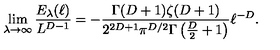
\lim _ { \lambda \to \infty } \frac { E _ { \lambda } ( \ell ) } { L ^ { D - 1 } } = - \frac { \Gamma ( D + 1 ) \zeta ( D + 1 ) } { 2 ^ { 2 D + 1 } \pi ^ { D / 2 } \Gamma \left( \frac { D } { 2 } + 1 \right) } \ell ^ { - D } .